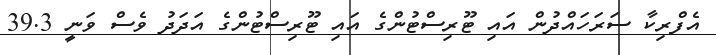
އެފްރިކާ ސަރަހައްދުން އައި ޓޫރިސްޓުންގެ އައި ޓޫރިސްޓުންގެ އަދަދު ވެސް ވަނީ 39.3